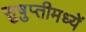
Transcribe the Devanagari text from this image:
सुषुप्तीमध्यें